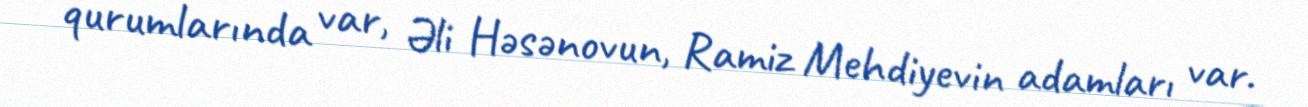
qurumlarında var, Əli Həsənovun, Ramiz Mehdiyevin adamları var.